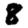
Digit: 8